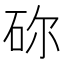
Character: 䂧